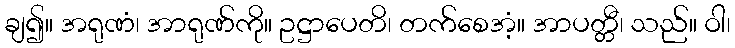
ချ၍။ အရုဏံ၊ အာရုဏ်ကို။ ဥဋ္ဌာပေတိ၊ တက်စေအံ့။ အာပတ္တီ၊ သည်။ ဝါ၊